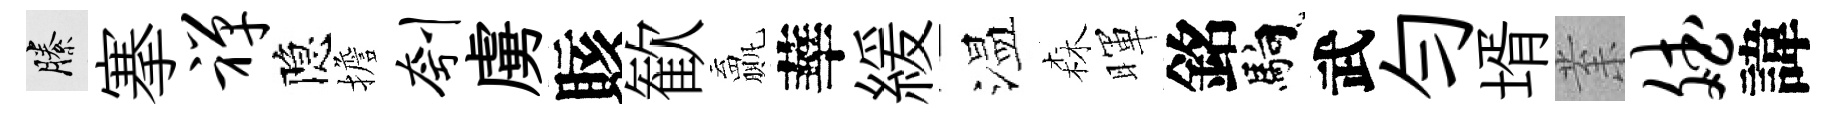
縢搴禅隐擔刳虜賅歓贏華緩温森暉銘馿武勻壻𭪙斌諱